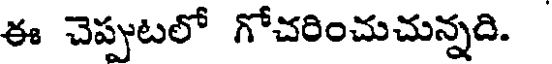
ఈ చెప్పుటలో గోచరించుచున్నది.